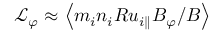
\mathcal { L } _ { \varphi } \approx \left\langle { m _ { i } n _ { i } R u _ { i \parallel } B _ { \varphi } / B } \right\rangle